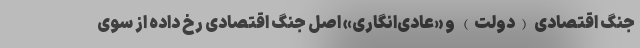
جنگ اقتصادی (دولت) و «عادی‌انگاری» اصل جنگ اقتصادی رخ داده از سوی